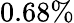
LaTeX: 0.68\%